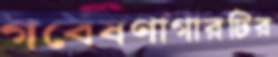
গবেষণাগারটির